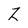
Character: z